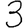
Digit: 3